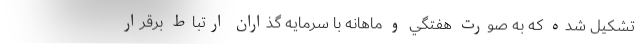
تشكيل شده كه به صورت هفتگي و ماهانه با سرمايه گذاران ارتباط برقرار